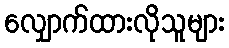
လျှောက်ထားလိုသူများ